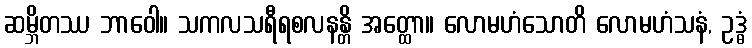
ဆမ္ဘိတဿ ဘာဝေါ။ သကလသရီရစလနန္တိ အတ္ထော။ လောမဟံသောတိ လောမဟံသနံ, ဥဒ္ဓံ